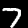
Label: 7